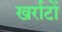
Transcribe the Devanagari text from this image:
खर्राटों